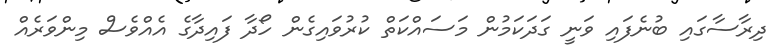
ދިރާސާގައި ބުނެފައި ވަނީ ގަދަކަމުން މަސައްކަތް ކުރުވައިގެން ހޯދާ ފައިދާގެ އެއްވެސް މިންވަރެއް